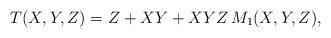
LaTeX: \begin{align*} T(X,Y,Z)= Z + XY + XYZ\, M_1(X,Y,Z),\end{align*}